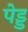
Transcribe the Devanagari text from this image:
पेड्ड